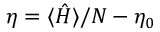
\eta = \langle \hat { H } \rangle / N - \eta _ { 0 }